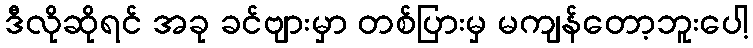
ဒီလိုဆိုရင် အခု ခင်ဗျားမှာ တစ်ပြားမှ မကျန်တော့ဘူးပေါ့